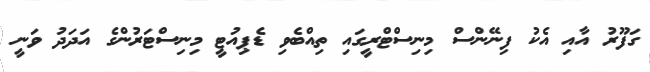
ގަފޫރު އާއި އެކު ފިނޭންސް މިނިސްޓްރީގައި ތިއްބެވި ޑެޕިއުޓީ މިނިސްޓަރުންގެ އަދަދު ވަނީ